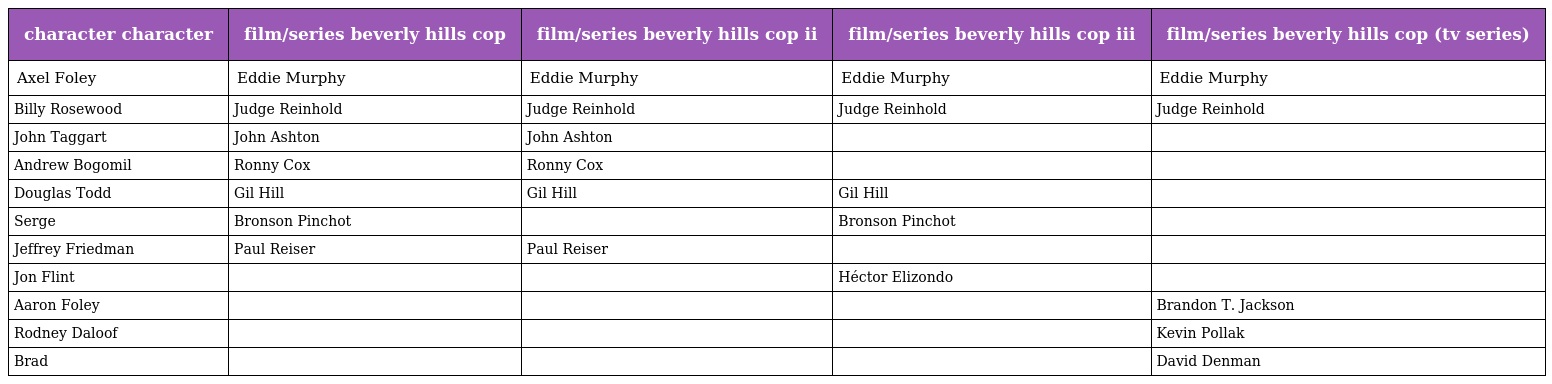
| character character | film/series beverly hills cop | film/series beverly hills cop ii | film/series beverly hills cop iii | film/series beverly hills cop (tv series) |
 | --- | --- | --- | --- | --- |
 | Axel Foley | Eddie Murphy | Eddie Murphy | Eddie Murphy | Eddie Murphy |
 | Billy Rosewood | Judge Reinhold | Judge Reinhold | Judge Reinhold | Judge Reinhold |
 | John Taggart | John Ashton | John Ashton |  |  |
 | Andrew Bogomil | Ronny Cox | Ronny Cox |  |  |
 | Douglas Todd | Gil Hill | Gil Hill | Gil Hill |  |
 | Serge | Bronson Pinchot |  | Bronson Pinchot |  |
 | Jeffrey Friedman | Paul Reiser | Paul Reiser |  |  |
 | Jon Flint |  |  | Héctor Elizondo |  |
 | Aaron Foley |  |  |  | Brandon T. Jackson |
 | Rodney Daloof |  |  |  | Kevin Pollak |
 | Brad |  |  |  | David Denman |